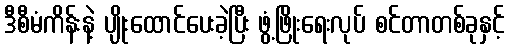
ဒီစီမံကိန်းနဲ့ ပျိုးထောင်ပေးခဲ့ပြီး ဖွံ့ဖြိုးရေးလုပ် စင်တာတစ်ခုနှင့်